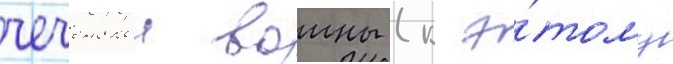
чеченскои воины (к э́тому